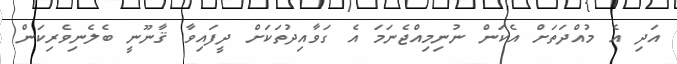
އަދި އެ މުއްދަތަށް އެކަން ނުނިމިއްޖެނަމަ އެ ގަވާއިދުތަކަށް ދީފައިވާ ޤާނޫނީ ބެލެނިވެރިކަން